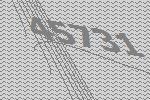
45731